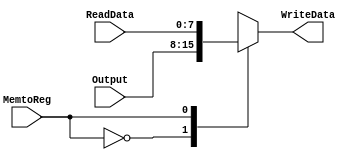
`timescale 1ns / 1ps
module Mux2 (ReadData, Output, MemtoReg, WriteData);

	input [7:0] ReadData, Output;
	input MemtoReg;	
	
	output reg [7:0] WriteData;
	
	always @(ReadData, Output, MemtoReg) begin
		case (MemtoReg)
			0: WriteData = Output; 
			1: WriteData = ReadData;
		endcase
	end
endmodule